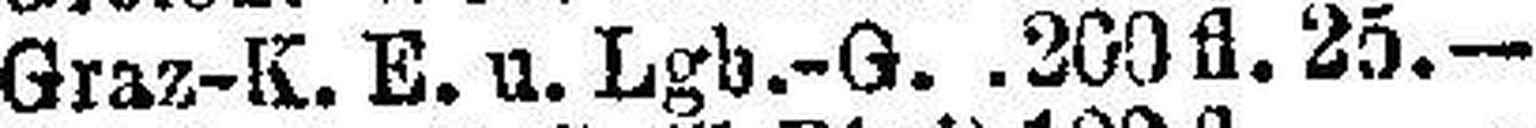
Graz-K. E. u. Lgb.-G. .200 fl. 25.—